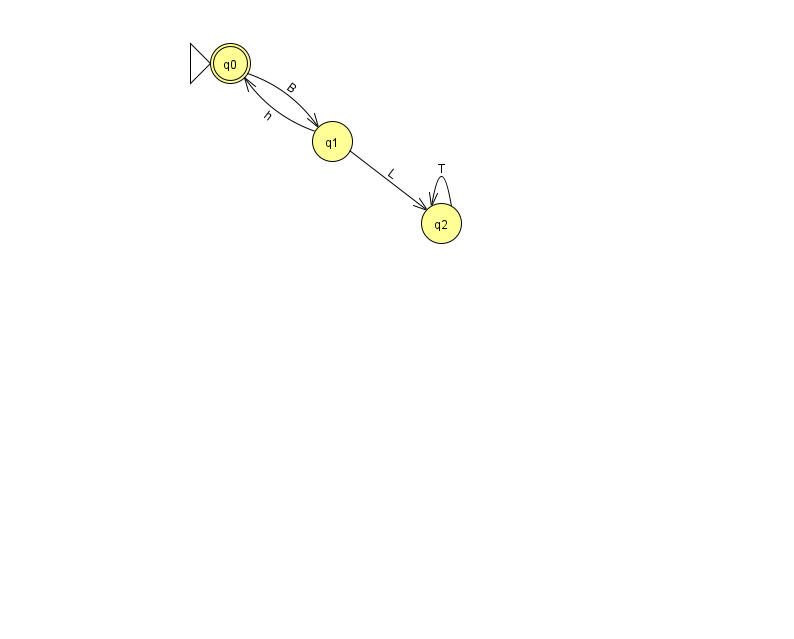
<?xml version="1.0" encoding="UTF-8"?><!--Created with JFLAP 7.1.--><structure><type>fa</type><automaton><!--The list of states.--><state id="0" name="q0"><x>230.0</x><y>50.0</y><initial/><final/></state><state id="1" name="q1"><x>332.0</x><y>128.0</y></state><state id="2" name="q2"><x>441.0</x><y>210.0</y></state><!--The list of transitions.--><transition><from>0</from><to>1</to><read>B</read></transition><transition><from>1</from><to>2</to><read>L</read></transition><transition><from>2</from><to>2</to><read>T</read></transition><transition><from>1</from><to>0</to><read>h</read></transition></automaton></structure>